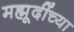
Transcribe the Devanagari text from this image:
मह्मूदींच्या